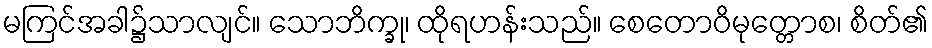
မကြင်အခါ၌သာလျင်။ သောဘိက္ခု၊ ထိုရဟန်းသည်။ စေတောဝိမုတ္တောစ၊ စိတ်၏